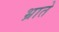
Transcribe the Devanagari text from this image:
भ्राते